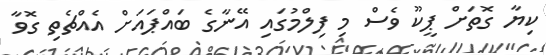
ކިޔާ ގޮތަށް ޕީކޫ ވެސް މި ފިލްމުގައި އޭނާގެ ބައްޕައަށް އެއްޗެތި ގޮވާ